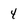
Character: 4